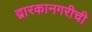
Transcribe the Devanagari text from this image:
द्वारकानगरीची